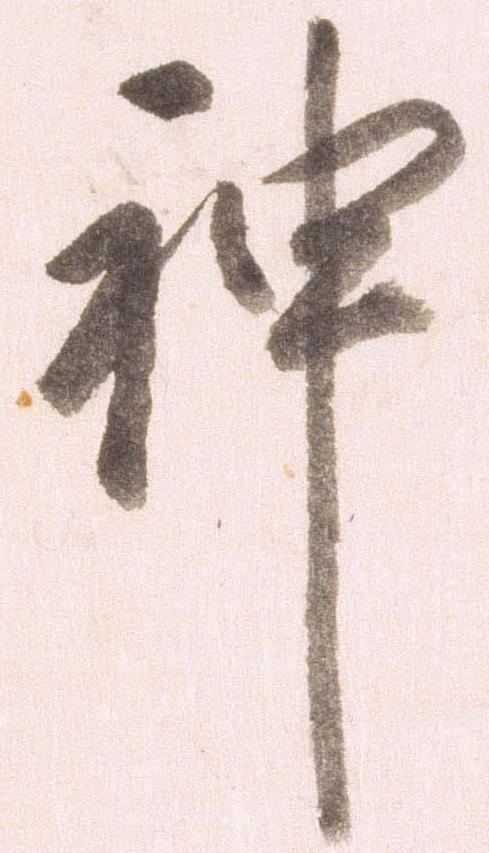
神